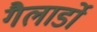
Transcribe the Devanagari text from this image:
गैलार्डो